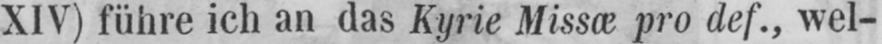
XIV) führe ich an das Kyrie Missæ pro def., wel-